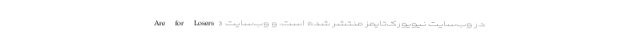
Are for Losers» در وب‌سایت نیویورک‌تایمز منتشر شده است. و وب‌سایت